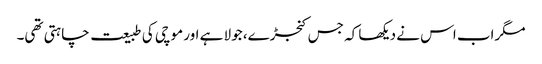
مگراب اس نے دیکھا کہ جس کنجڑے، جولا ہے اور موچی کی طبیعت چاہتی تھی۔